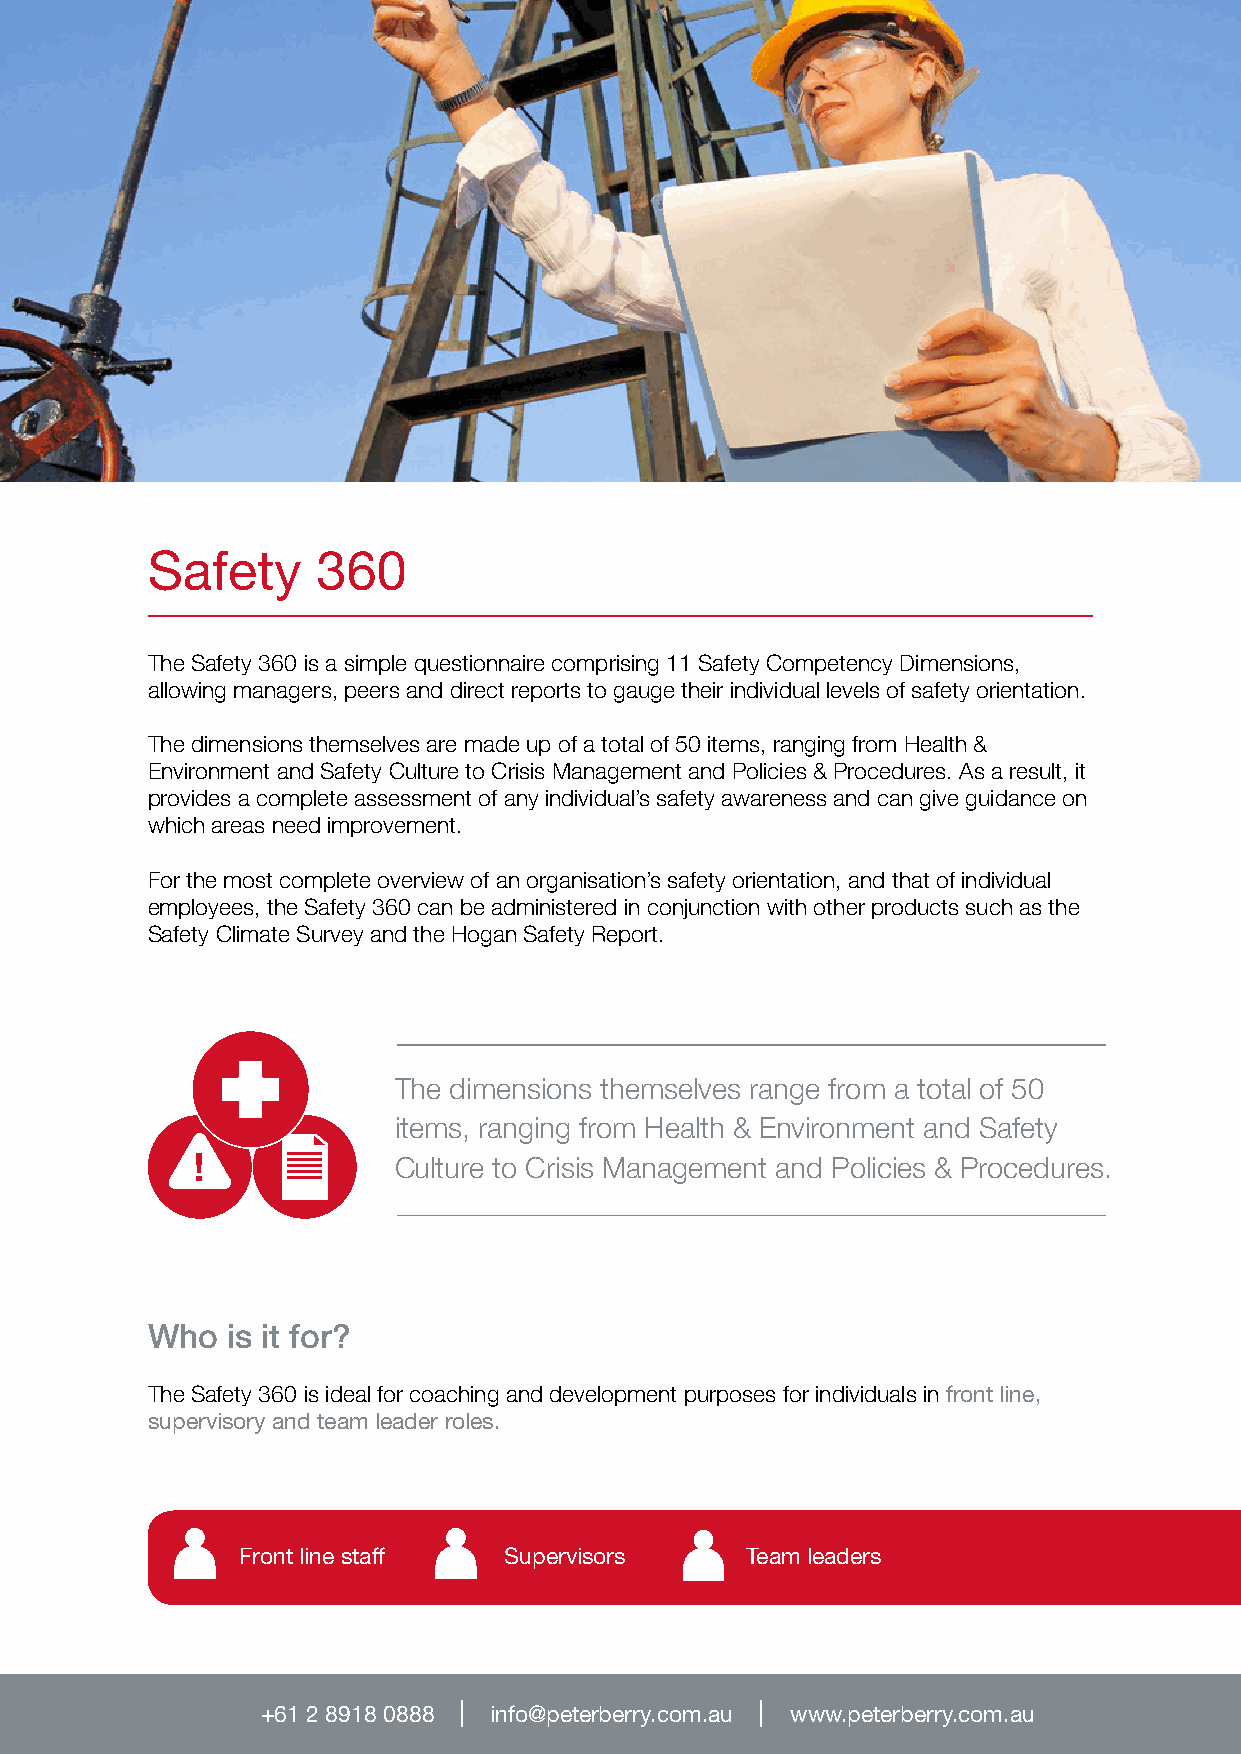
Safety     360
 The Safety 360 is a simple questionnaire comprising 11 Safety Competency Dimensions,
 allowing managers, peers and direct reports to gauge their individual levels of safety orientation.
 The dimensions themselves are made up of a total of 50 items, ranging from Health &
 Environment and Safety Culture to Crisis Management and Policies & Procedures. As a result, it
 provides a complete assessment of any individual’s safety awareness and can give guidance on
 which areas need improvement.
 For the most complete overview of an organisation’s safety orientation, and that of individual
 employees, the Safety 360 can be administered in conjunction with other products such as the
 Safety Climate Survey and the Hogan Safety Report.
 The dimensions themselves range from a total of 50
 items, ranging from Health & Environment and Safety
 Culture to Crisis Management and Policies & Procedures.
 Who  is it for?
 The Safety 360 is ideal for coaching and development purposes for individuals in front line,
 supervisory and team leader roles.
 Front line staff Supervisors     Team leaders
 +61 2 8918 0888 info@peterberry.com.au www.peterberry.com.au